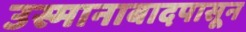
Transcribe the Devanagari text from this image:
उस्मानाबादपासून